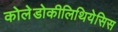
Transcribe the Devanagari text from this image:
कोलेडोकीलिथियेसिस